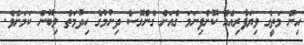
އިން މަތީގެ ވިޔަފާރިއެއް ކޮށްފިނަމަ ގެއަށް ގެންގޮސް ދިނުމުގެ ހިދުމަތް ލިބޭނެ ކަމަށެވެ.